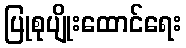
ပြုစုပျိုးထောင်ရေး